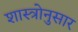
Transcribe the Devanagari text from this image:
शास्त्रोनुसार